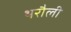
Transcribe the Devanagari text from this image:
थरौली